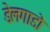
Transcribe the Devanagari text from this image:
डेलगाडो